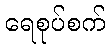
ရေစုပ်စက်